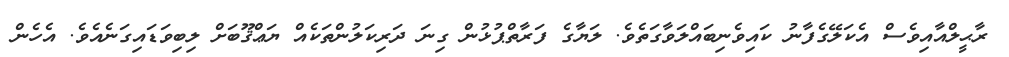
ރާޙީލްއާއިވެސް އެކަލޭގެފާނު ކައިވެނިބައްލަވާގަތެވެ. ލަޔާގެ ފަރާތްޕުޅުން ގިނަ ދަރިކަލުންތަކެއް ޔަޢްޤޫބަށް ލިބިވަޑައިގަނެއެވެ. އެހެން